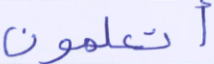
أتعلمون